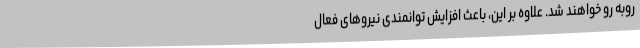
روبه رو خواهند شد. علاوه بر این، باعث افزایش توانمندی نیروهای فعال